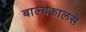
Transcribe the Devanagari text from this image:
बाल्यकालसे